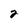
Character: 2